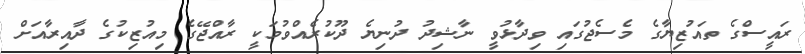
ރައީސްގެ ތައުޒިޔާގެ މެސެޖުގައި ވިދާޅުވީ ނާޝިދު ދުނިޔެ ދޫކުރެއްވުމަކީ ރާއްޖޭގެ މިއުޒިކުގެ ދާއިރާއަށް